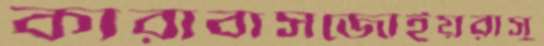
কারাবাসজোইয়রাসু